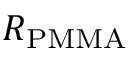
R _ { \mathrm { { P M M A } } }